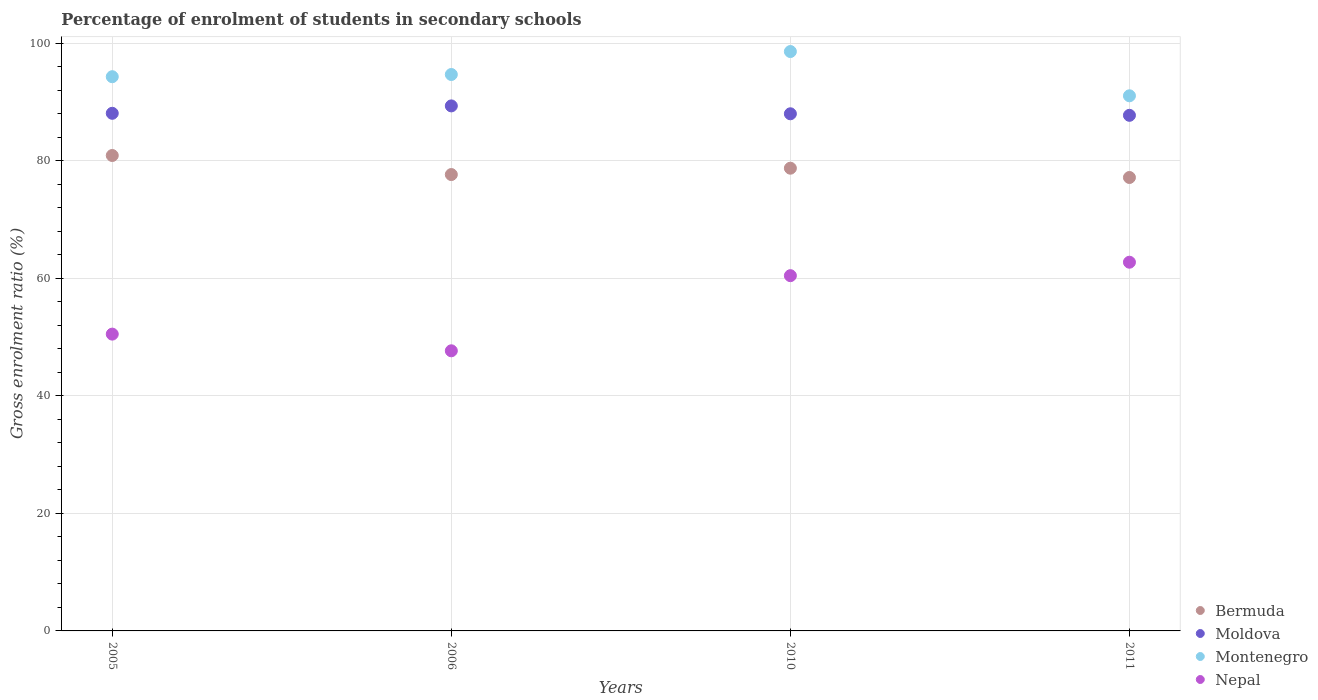
| Years | Bermuda | Moldova | Montenegro | Nepal |
 | --- | --- | --- | --- | --- |
 | 2005 | 80.9 | 88.1 | 94.3 | 50.5 |
 | 2006 | 77.6 | 89.3 | 94.7 | 47.7 |
 | 2010 | 78.7 | 88 | 98.6 | 60.4 |
 | 2011 | 77.1 | 87.7 | 91 | 62.7 |